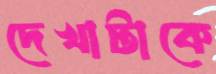
দেখাটাকে